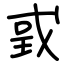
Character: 戜